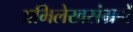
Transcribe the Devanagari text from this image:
अभिलेखसंग्रहों